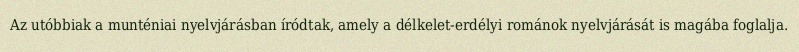
Az utóbbiak a munténiai nyelvjárásban íródtak, amely a délkelet-erdélyi románok nyelvjárását is magába foglalja.